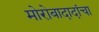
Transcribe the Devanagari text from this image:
मोरोबादादांचा